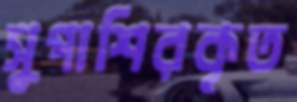
সুপাশিরকৃত